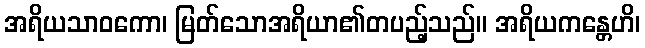
အရိယသာဝကော၊ မြတ်သောအရိယာ၏တပည့်သည်။ အရိယကန္တေဟိ၊